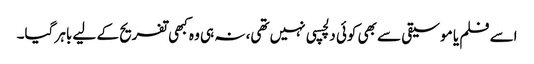
اسے فلم یا موسیقی سے بھی کوئی دلچسپی نہیں تھی، نہ ہی وہ کبھی تفریح کے لیے باہر گیا۔